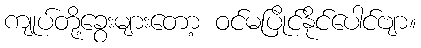
ကျုပ်တို့ခွေးများတော့ ဝင်မပြိုင်နိုင်ပေါင်ဗျာ။